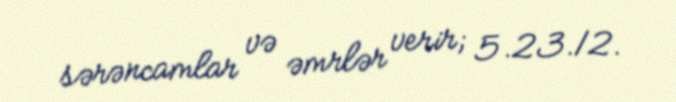
sərəncamlar və əmrlər verir; 5.23.12.